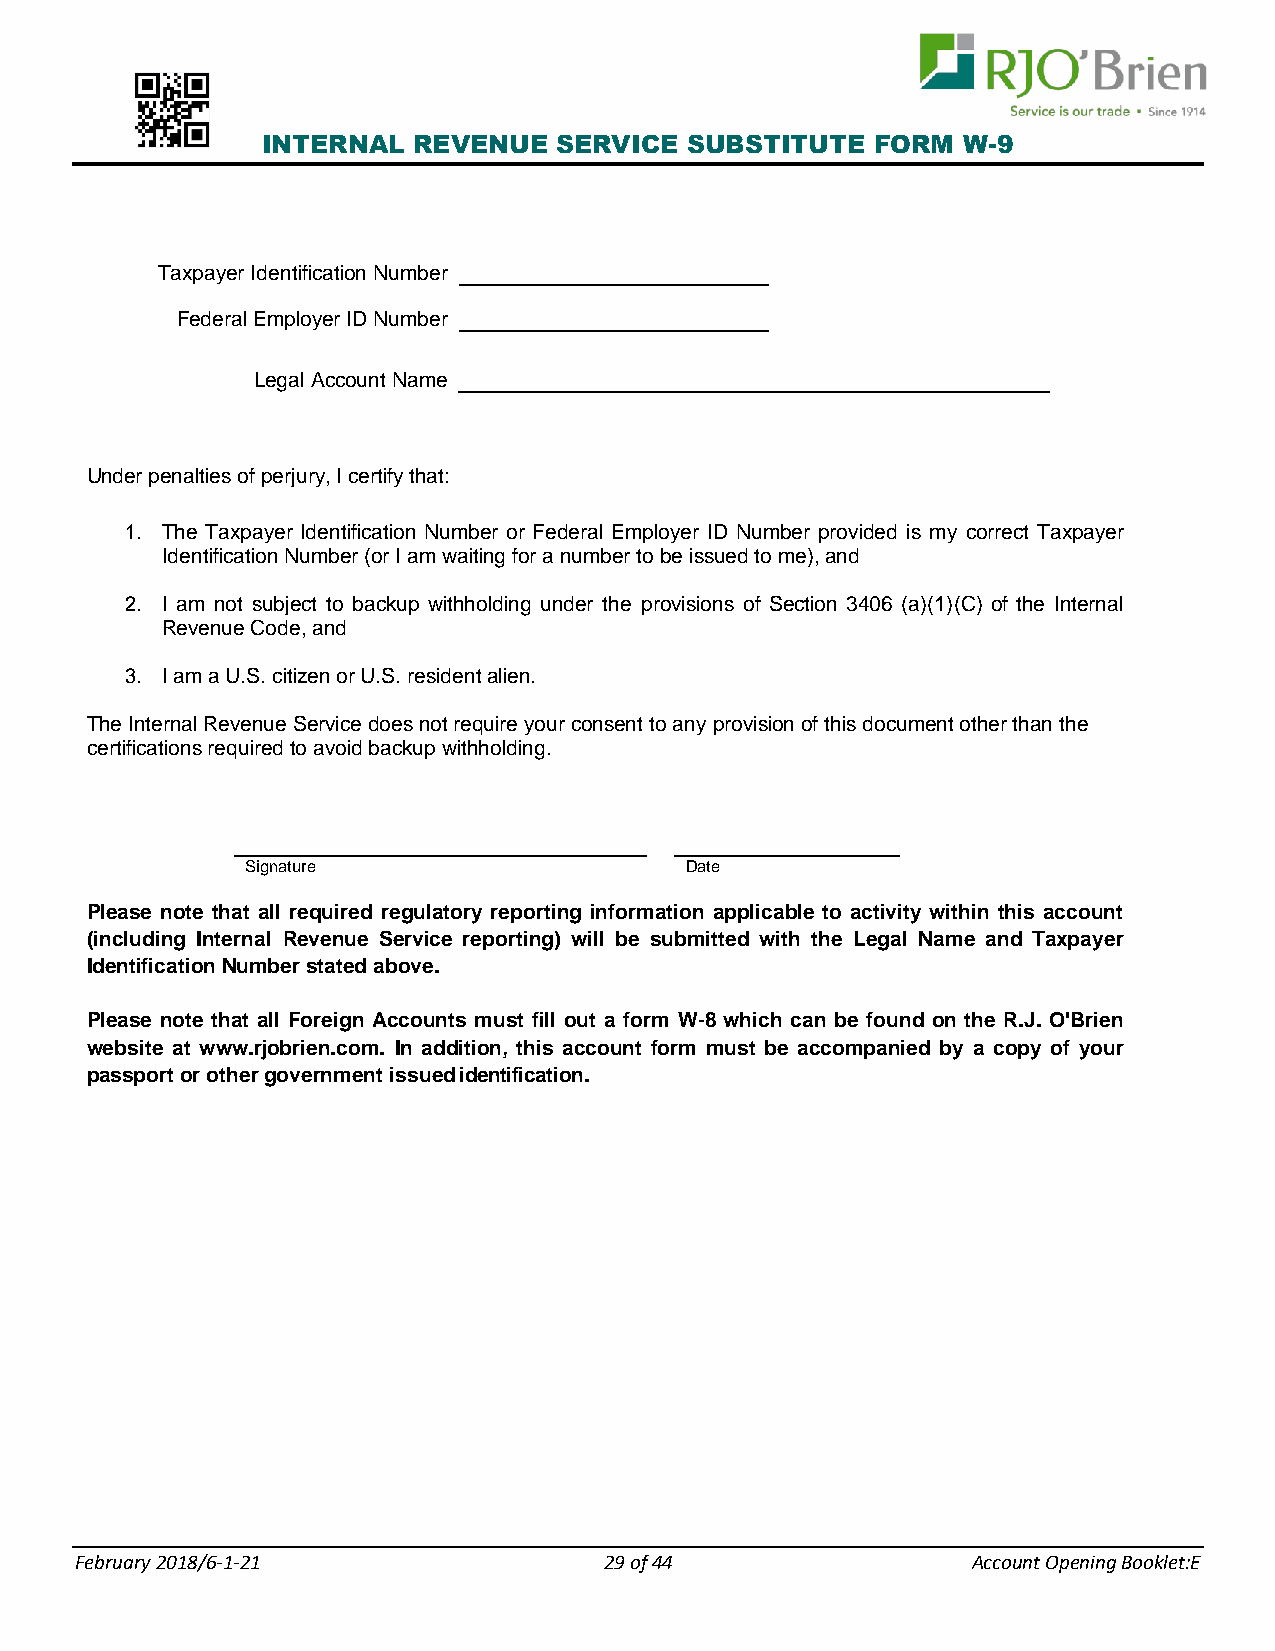
INTERNAL  REVENUE   SERVICE SUBSTITUTE   FORM  W-9
 Taxpayer Identification Number
 Federal Employer ID Number
 Legal Account Name
 Under penalties of perjury, I certify that:
 1. The Taxpayer Identification Number or Federal Employer ID Number provided is my correct Taxpayer
 Identification Number (or I am waiting for a number to be issued to me), and
 2. I am not subject to backup withholding under the provisions of Section 3406 (a)(1)(C) of the Internal
 Revenue Code, and
 3. I am a U.S. citizen or U.S. resident alien.
 The Internal Revenue Service does not require your consent to any provision of this document other than the
 certifications required to avoid backup withholding.
 Signature                    Date
 Please note that all required regulatory reporting information applicable to activity within this account
 (including Internal Revenue Service reporting) will be submitted with the Legal Name and Taxpayer
 Identification Number stated above.
 Please note that all Foreign Accounts must fill out a form W-8 which can be found on the R.J. O'Brien
 website at www.rjobrien.com. In addition, this account form must be accompanied by a copy of your
 passport or other government issued identification.
 F ebruary 2018/6-1-21              29 of 44                Account Opening Booklet:E